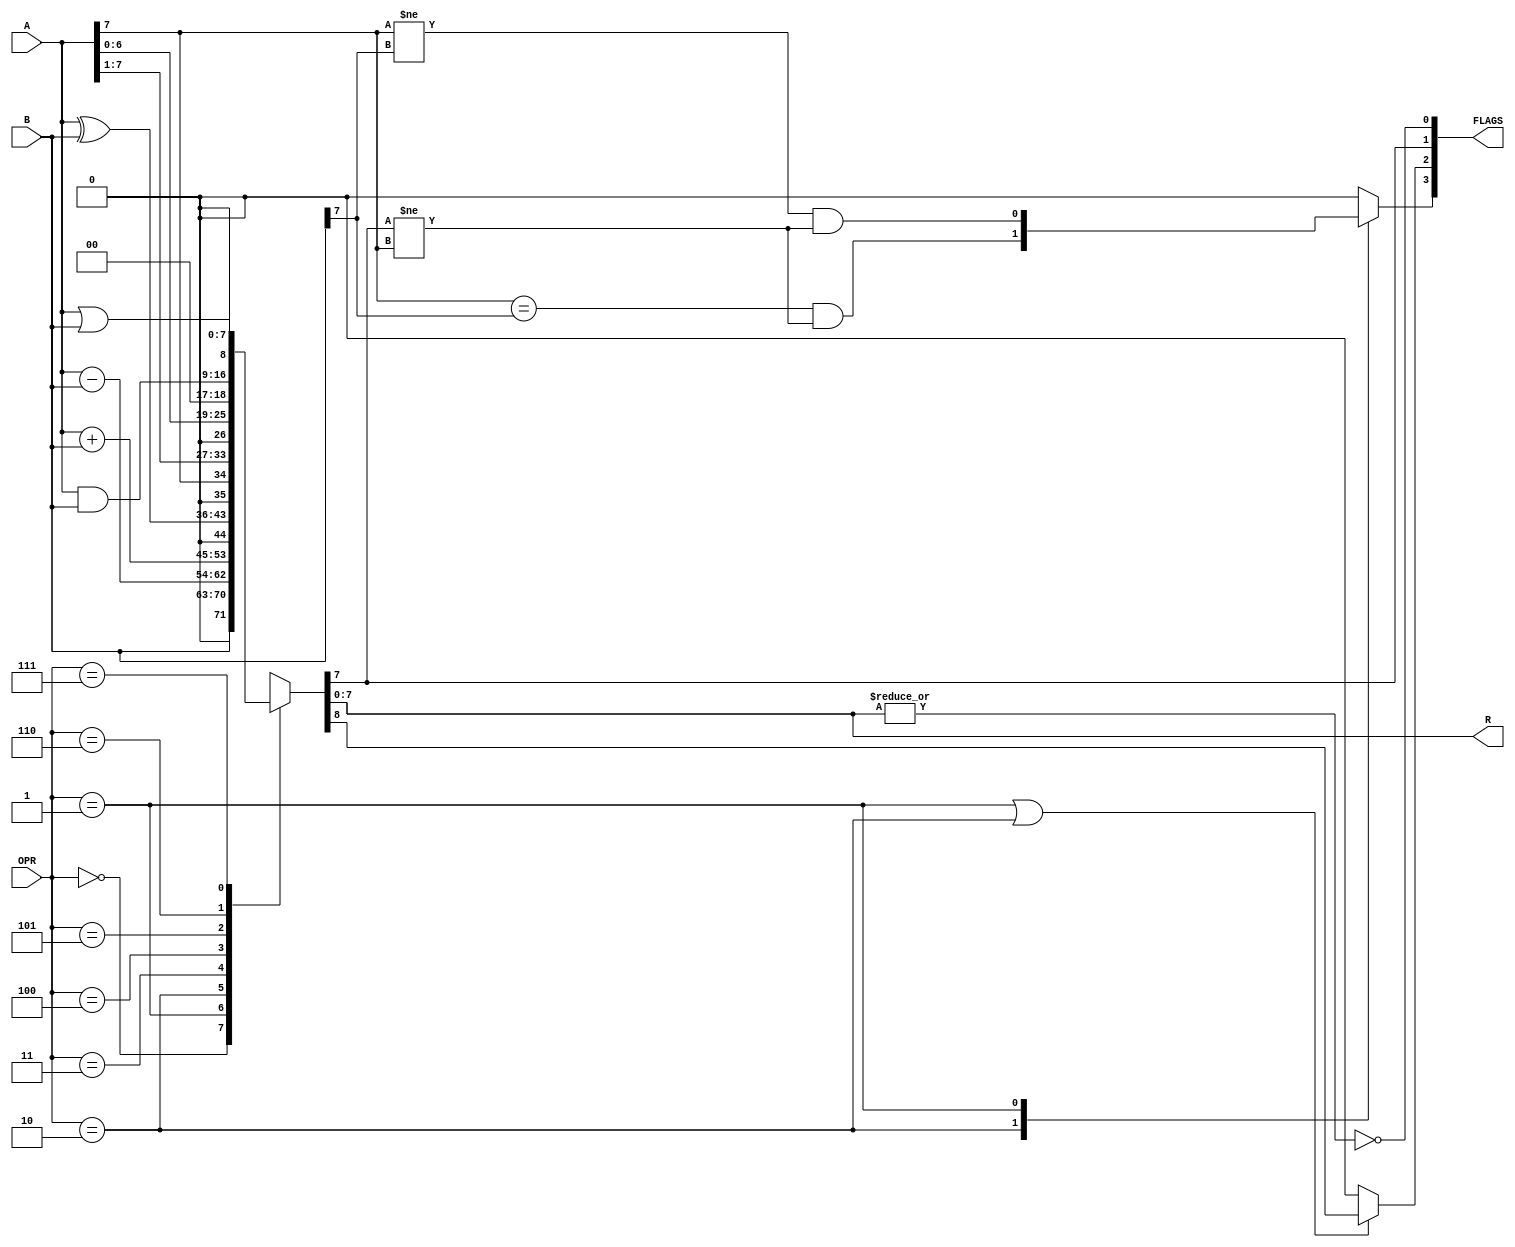
`timescale 1ns/1ns

module ALU ( A, B, OPR, R, FLAGS );
input [7:0] A, B;
input [2:0] OPR;
output [7:0] R;
output [3:0] FLAGS;
reg    [7:0] R;
reg          co;
reg          ovfl;

always @*
begin
  case( OPR )
    0: {co, R} = {1'b0, B};  // para garantir a no inferncia de latches, evitando os warnings
    1: {co, R} = A - B;
    2: {co, R} = A + B;
    3: {co, R} = {1'b0, A ^ B};           //co=1'b0;end
    4: {co, R} = {1'b0, { A[7], A[7:1]}}; // co=1'b0;end
    5: {co, R} = {1'b0, A << 1}; //co=1'b0;end
    6: {co, R} = {1'b0, A & B}; //co=1'b0;end
    7: {co, R} = {1'b0, A | B}; //co=1'b0;end
  endcase
end
 
assign FLAGS[0] = ~( | R ); // zero
assign FLAGS[1] = R[7]; // sinal
assign FLAGS[2] = (OPR == 1 || OPR == 2) ? co : 1'b0; // carryout
assign FLAGS[3] = ovfl;


always @*
begin
  case ( OPR )
    3'b010: ovfl = (A[7] == B[7]) && (R[7] != A[7]); // adio
    3'b001: ovfl = (A[7] != B[7]) && (R[7] != A[7]); // subtraco
    default: ovfl = 1'b0;
  endcase
end

endmodule